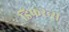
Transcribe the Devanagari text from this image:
डिफरन्स